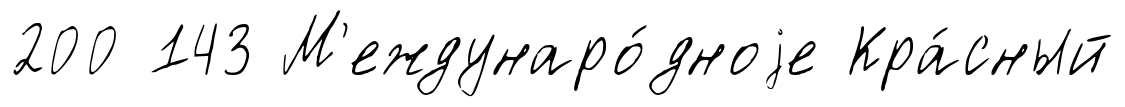
200 143 М'еждунаро́дноjе Кра́сный